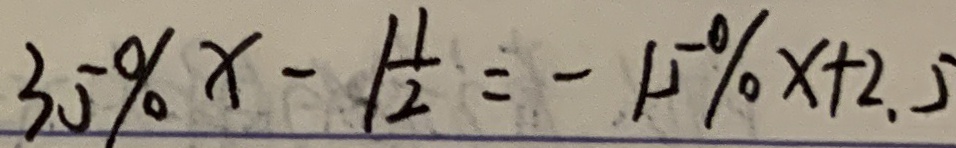
3 5 \% x - 1 \frac { 1 } { 2 } = - 1 5 \% x + 2 . 5